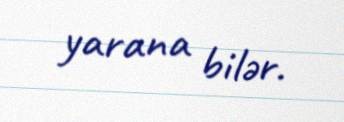
yarana bilər.